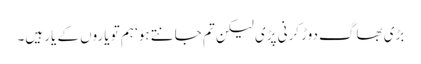
بڑی بھاگ دوڑ کرنی پڑی لیکن تم جانتے ہو‘ ہم تو یاروں کے یار ہیں۔